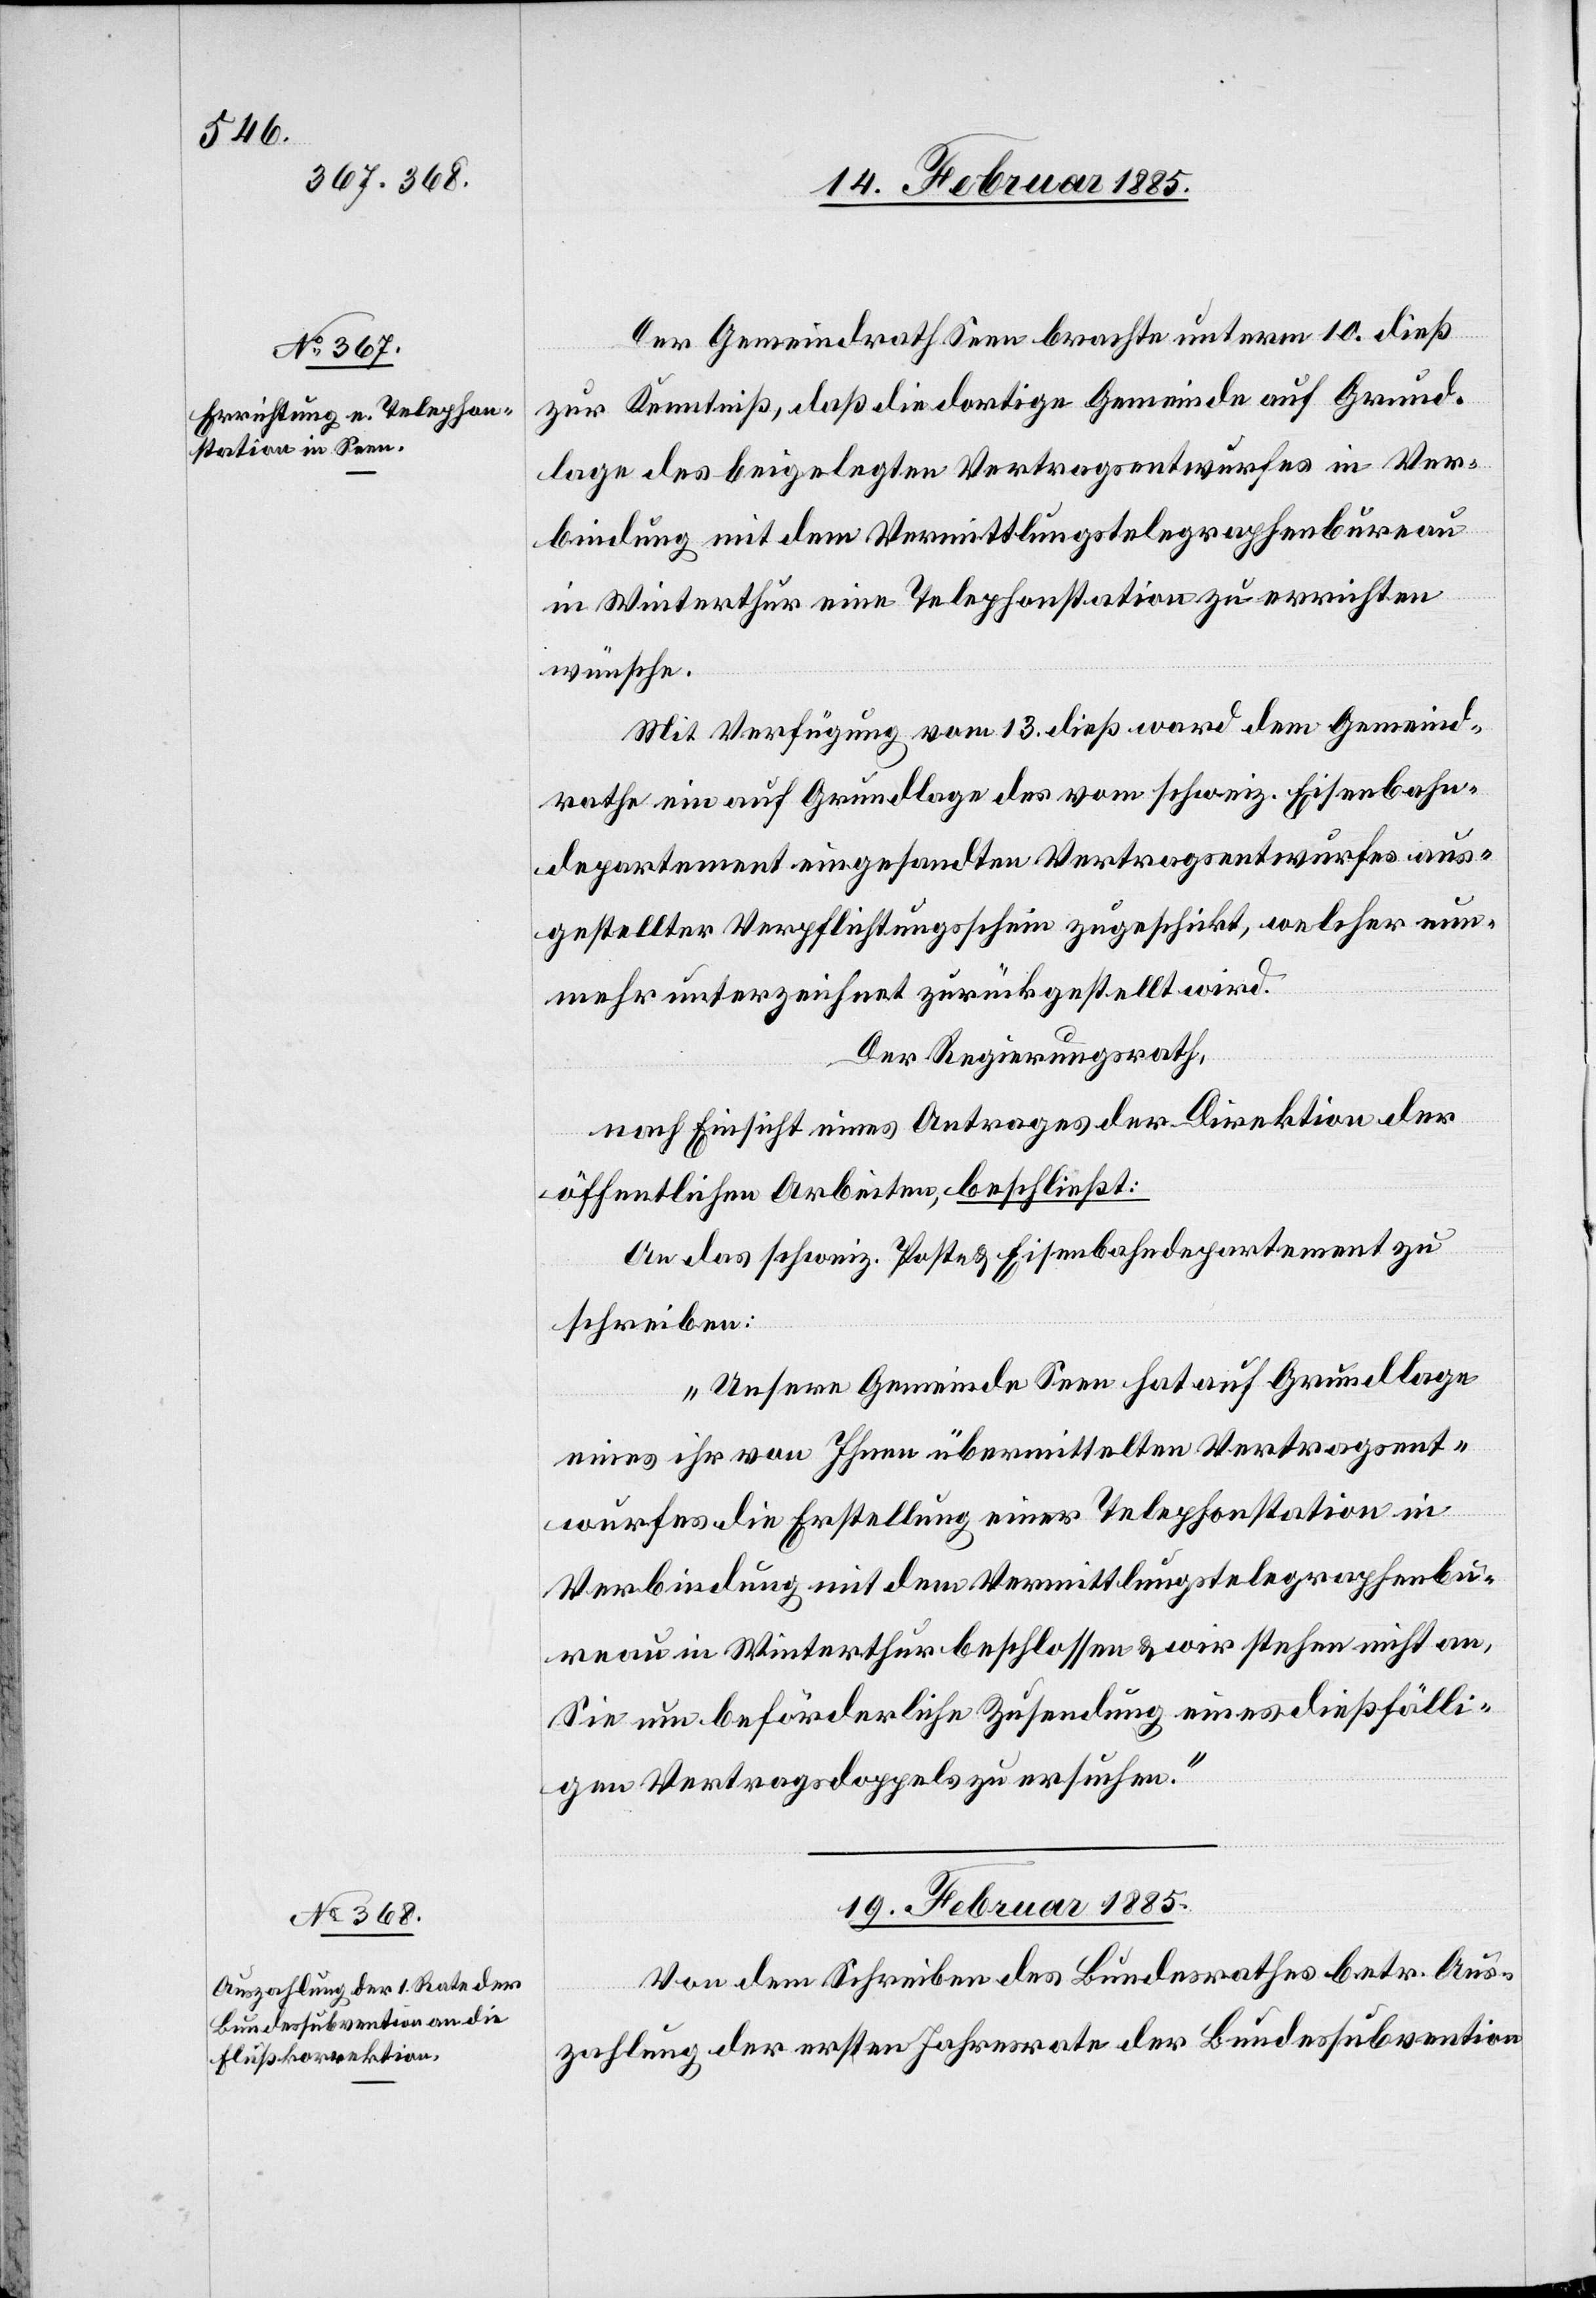
18. Februar 1885.]
Der Gemeindrath Seen brachte unterm 10. dieß
zur Kenntniß, das die dortige Gemeinde auf Grund¬
lage des beigelegten Vertragsentwurfes in Ver¬
bindung mit dem Vermittlungstelegraphenbureau
in Winterthur eine Telephonstation zu errichten
wünsche.
Mit Verfügung vom 13. dieß ward dem Gemeind¬
rathe ein auf Grundlage des vom schweiz. Eisenbahn¬
departement eingesandten Vertragsentwurfes aus¬
gestellter Verpflichtungsschein zugeschickt, welcher nun¬
mehr unterzeichnet zurückgestellt wird.
Der Regierungsrath,
nach Einsicht eines Antrages der Direktion der
öffentlichen Arbeiten, beschließt:
An das schweiz. Post- & Eisenbahndepartement zu
schreiben:
„Unsere Gemeinde Seen hat auf Grundlage
eines ihr von Ihnen übermittelten Vertragsent¬
wurfes die Erstellung einer Telephonstation in
Verbindung mit dem Vermittlungstelegraphenbu¬
reau in Winterthur beschlossen & wir stehen nicht an,
Sie um beförderliche Zusendung eines dießfälli¬
gen Vertragsdoppels zu ersuchen.“
19. Februar 1885.
Von dem Schreiben des Bundesrathes betr. Aus¬
zahlung der ersten Jahresrate der Bundessubvention